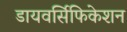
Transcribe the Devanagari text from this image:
डायवर्सिफिकेशन